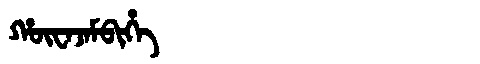
Manchu: ᡥᡡᠸᠠᠵᠠᠮᠪᡳᡥᡝ
Romanization: HŪWAJAMBIHE